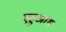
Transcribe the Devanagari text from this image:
एहुआंग